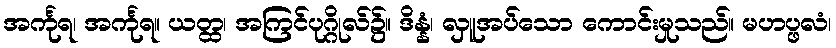
အင်္ကုရ၊ အင်္ကုရ။ ယတ္ထ၊ အကြင်ပုဂ္ဂိုလ်၌။ ဒိန္နံ၊ လှူအပ်သော ကောင်းမှုသည်။ မဟပ္ဖလံ၊